65_HS1-834228961_62-HQ-83894_Section_4
Agency: FBI
Page 23
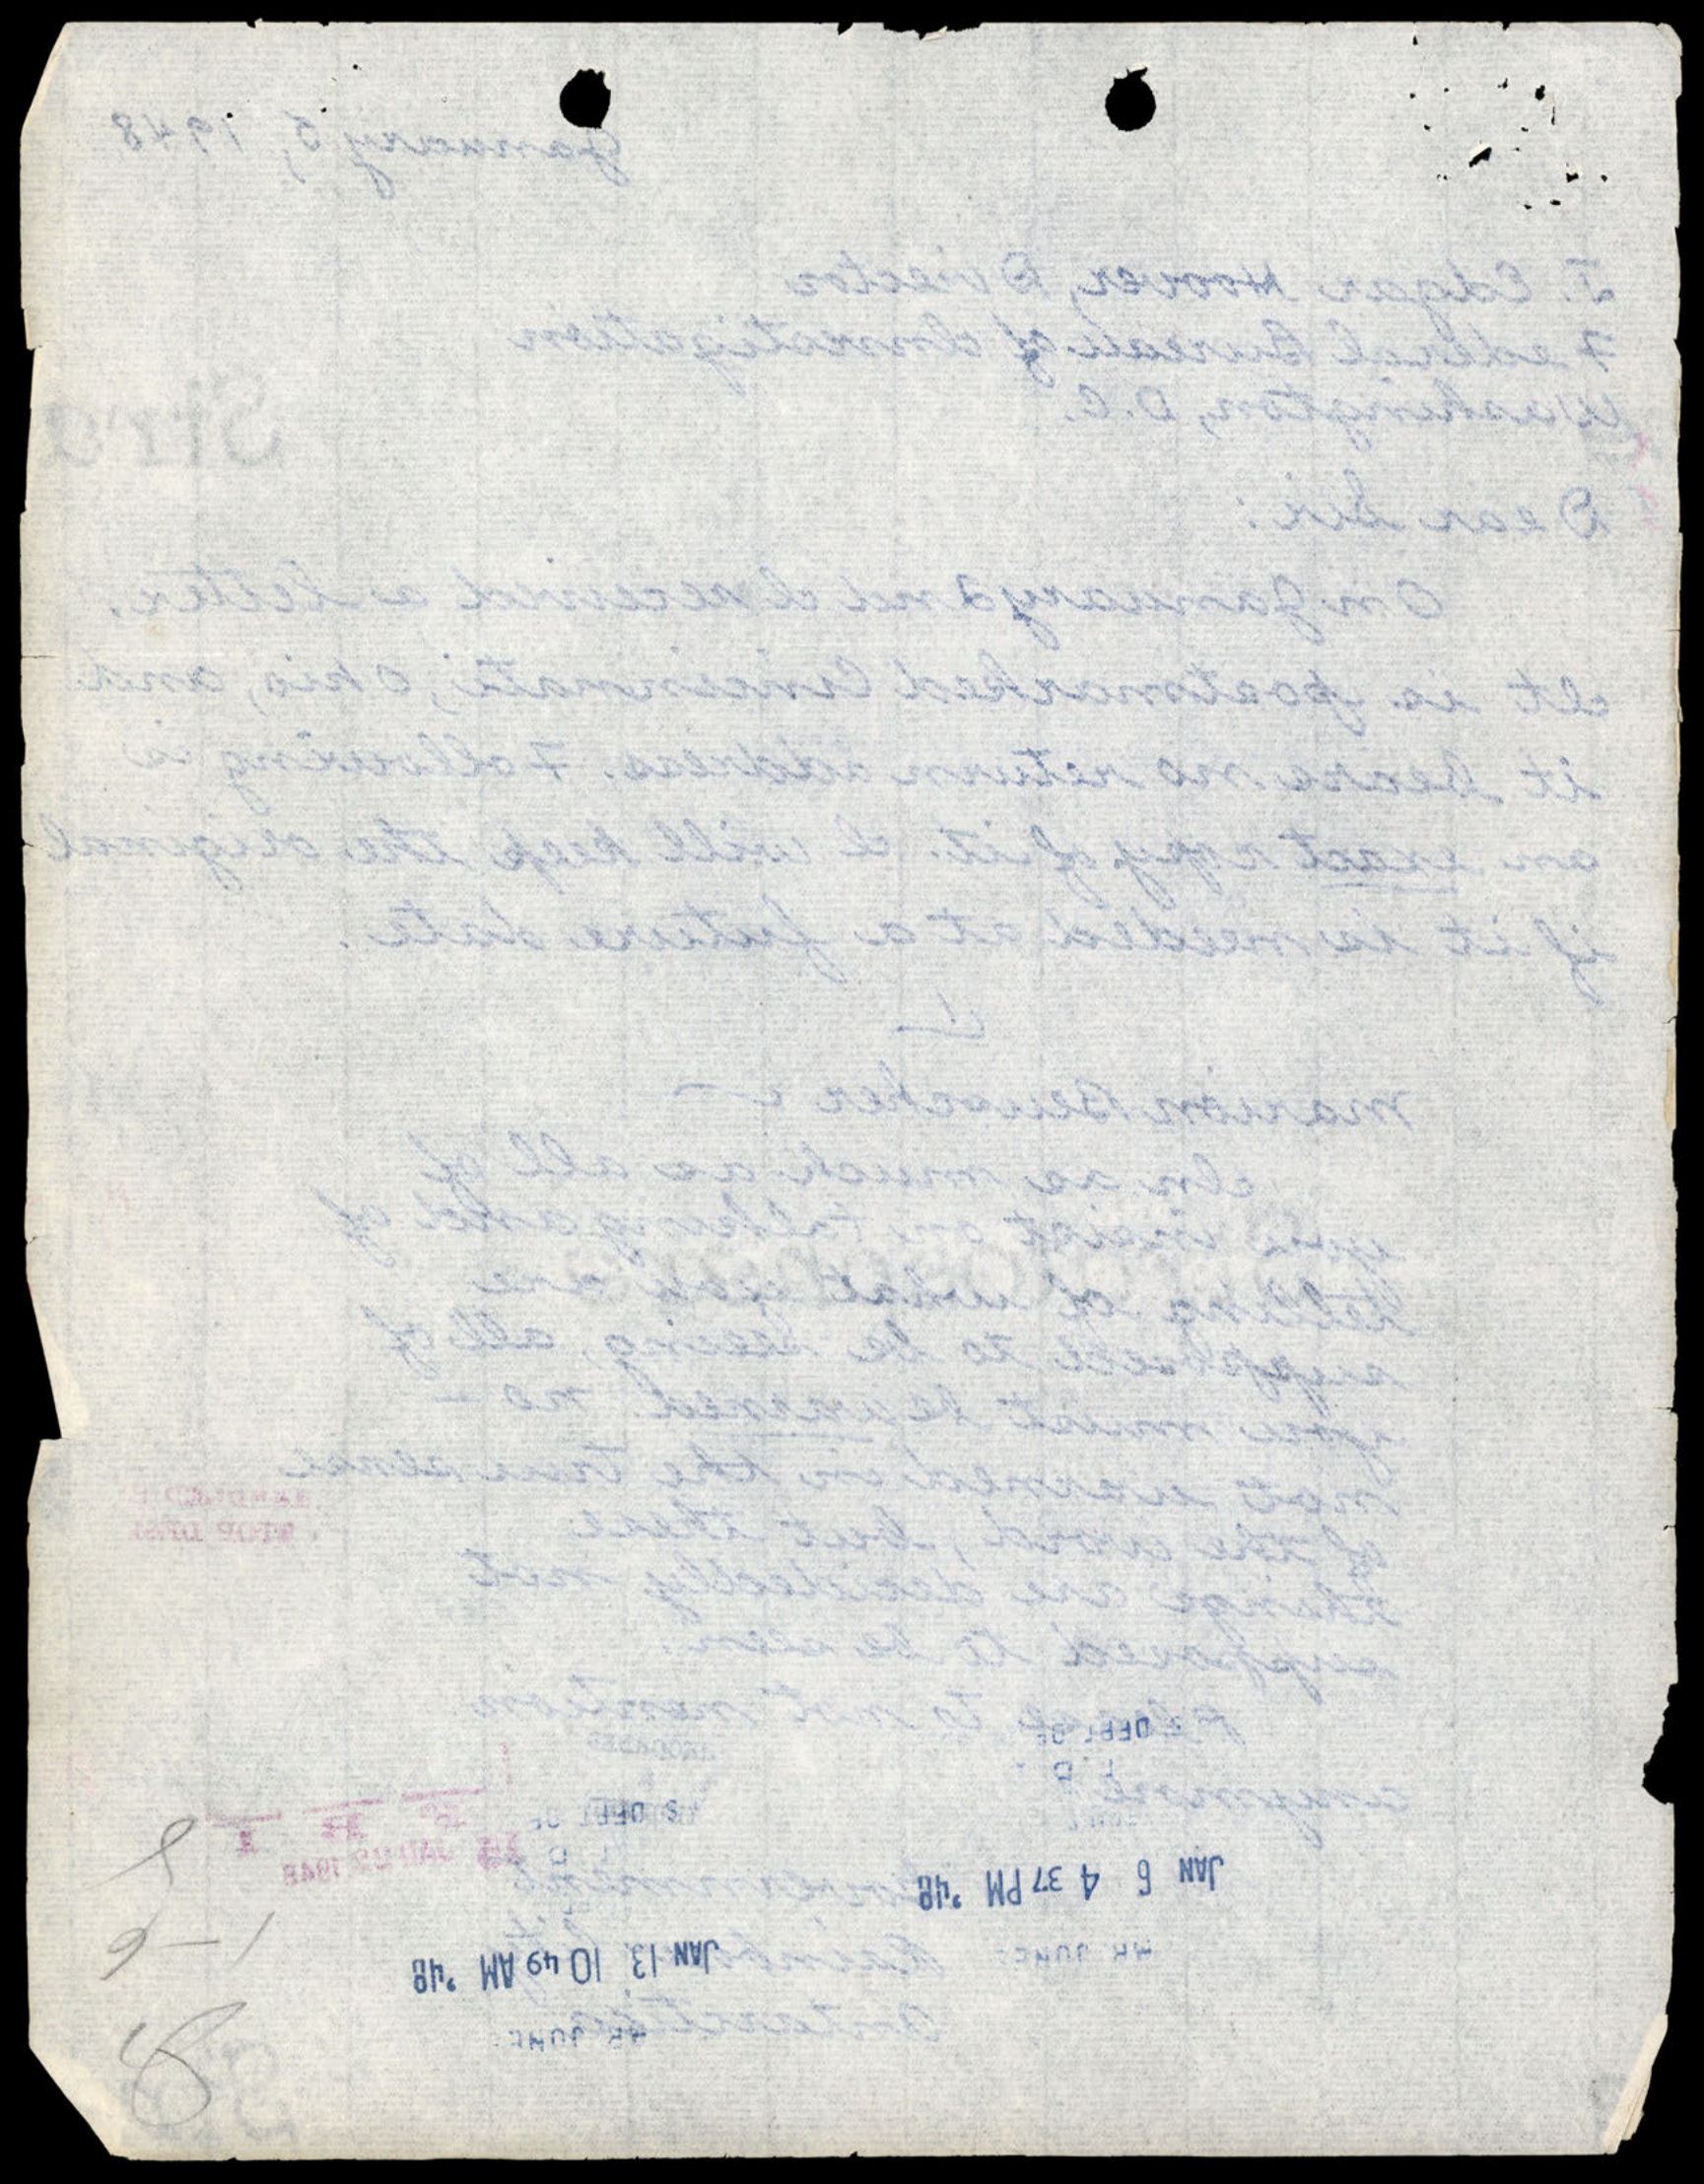